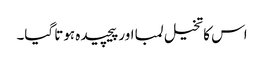
اس کا تخیل لمبا اور پیچیدہ ہوتا گیا۔